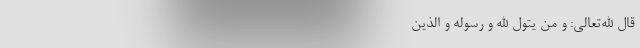
قال الله‌تعالی: وَ مَن یَتَوَلَّ اللَّهَ وَ رَسولَهُ وَ الَّذینَ